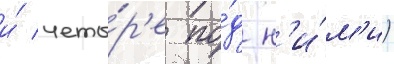
и́ четы́р'е по́д н'и́м'и)